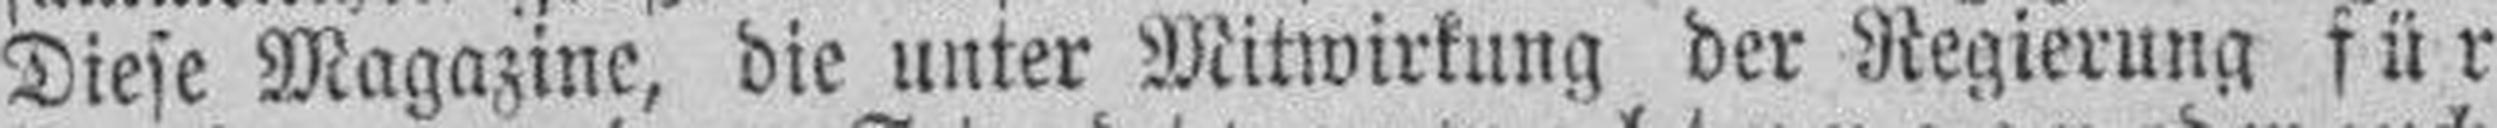
Diese Magazine, die unter Mitwirkung der Regierung für